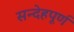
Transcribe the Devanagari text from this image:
सन्देहपूर्ण